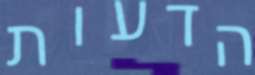
הדעות